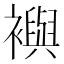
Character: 𧞏